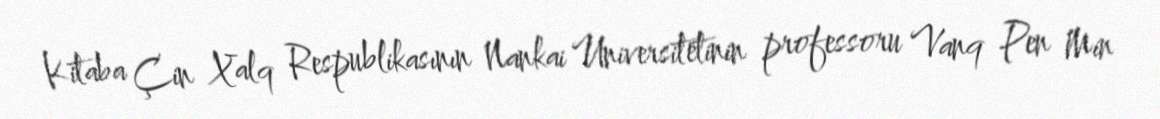
Kitaba Çin Xalq Respublikasının Nankai Universitetinin professoru Vanq Pen Min